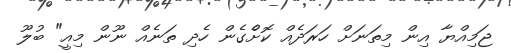
ޖަމިއްޔާ އިން މިތަނަށް ހަރަދެއް ކޮށްެގެން ހެދި ތަނެއް ނޫން މިއީ" ބުލޫ